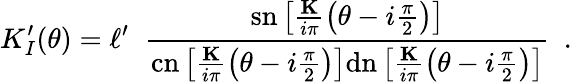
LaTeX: K_{I}^{\prime}(\theta)=\ell^{\prime}\; \; \frac{\textrm{sn}\left[\frac{\textbf{K}}{i\pi}\left(\theta-i\frac{\pi}{2}\right)\right]}{\textrm{cn}\left[\frac{\textbf{K}}{i\pi}\left(\theta-i\frac{\pi}{2}\right)\right]\textrm{dn}\left[\frac{\textbf{K}}{i\pi}\left(\theta-i\frac{\pi}{2}\right)\right]}\, \, \, .